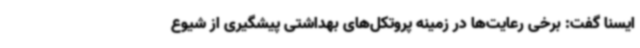
ایسنا گفت: برخی رعایت‌ها در زمینه پروتکل‌های بهداشتی پیشگیری از شیوع